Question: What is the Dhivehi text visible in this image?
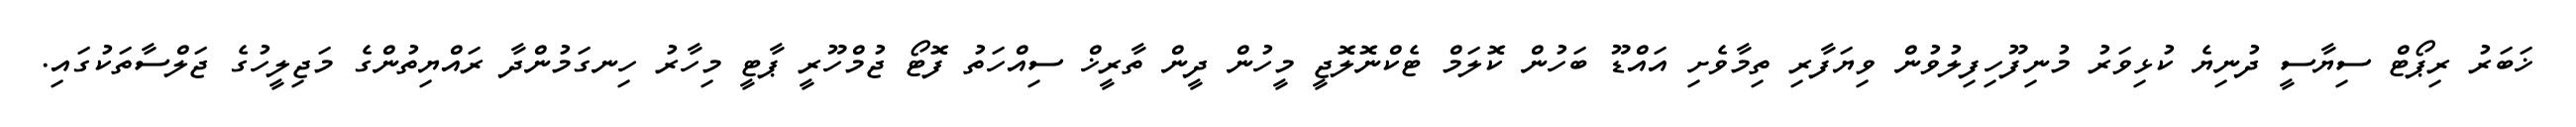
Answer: ޚަބަރު ރިޕޯޓް ސިޔާސީ ދުނިޔެ ކުޅިވަރު މުނިފޫހިފިލުވުން ވިޔަފާރި ތިމާވެށި އައްޑޫ ބަހުން ކޮލަމް ޓެކްނޮލޮޖީ މީހުން ދީން ތާރީޚް ސިއްހަތު ފޮޓޯ ޖުމްހޫރީ ޕާޓީ މިހާރު ހިނގަމުންދާ ރައްޔިތުންގެ މަޖިލީހުގެ ޖަލްސާތަކުގައި.